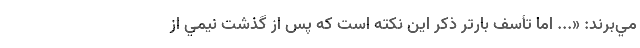
مي‌برند: «... اما تأسف بارتر ذكر اين نكته است كه پس از گذشت نيمي از